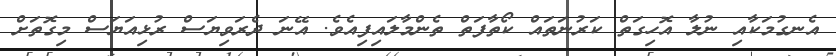
އެނގުމަކާއި ނުލާ އޮހިގަތް ކަރުނަތައް ކޯތާފަތް ތެންމާލައިފިއެވެ. އޭނަ ދެރަވިޔަސް ރުޅިއަޔަސް މިގޮތަށް